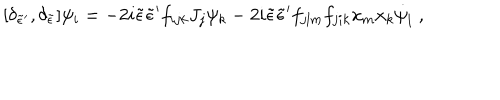
LaTeX: [ \delta _ { { \tilde { \epsilon } } { ' } } , \delta _ { \tilde { \epsilon } } ] \psi _ { i } = - 2 i { \tilde { \epsilon } } { \tilde { \epsilon } } { ' } f _ { i j k } J _ { j } \psi _ { k } - 2 i { \tilde { \epsilon } } { \tilde { \epsilon } } { ' } f _ { j l m } f _ { j i k } x _ { m } x _ { k } { \dot { \psi } } _ { l } \; ,